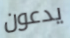
يدعون